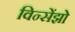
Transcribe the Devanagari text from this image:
विन्सेंझो